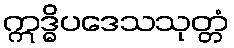
ဣဒ္ဓိပဒေသသုတ္တံ